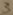
Text: 3